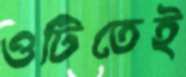
ওটিতেই